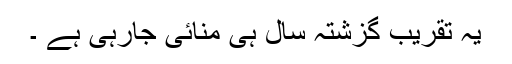
یہ تقریب گزشتہ سال ہی منائی جارہی ہے ۔